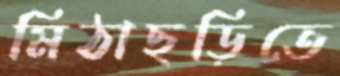
মিঠাছড়িতে